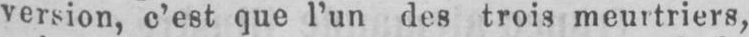
version, c’est que l’un des trois meurtriers,